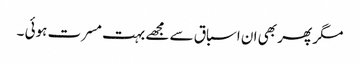
مگر پھر بھی ان اسباق سے مجھے بہت مسرت ہوئی ۔